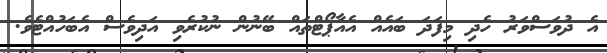
އެ ދުވަސްވަރު ހެދި މިފަދަ ބައެއް އެއާޕޯޓްތައް ބޭނުން ނުކުރެވި އަދިވެސް އެބަހުއްޓެވެ.